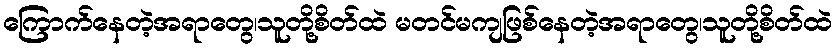
ကြောက်နေတဲ့အရာတွေ၊သူတို့စိတ်ထဲ မတင်မကျဖြစ်နေတဲ့အရာတွေ၊သူတို့စိတ်ထဲ